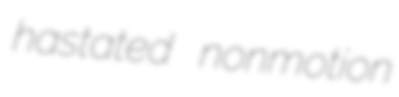
hastated nonmotion